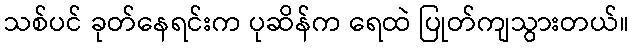
သစ်ပင် ခုတ်နေရင်းက ပုဆိန်က ရေထဲ ပြုတ်ကျသွားတယ်။